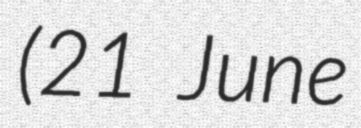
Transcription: (21 June